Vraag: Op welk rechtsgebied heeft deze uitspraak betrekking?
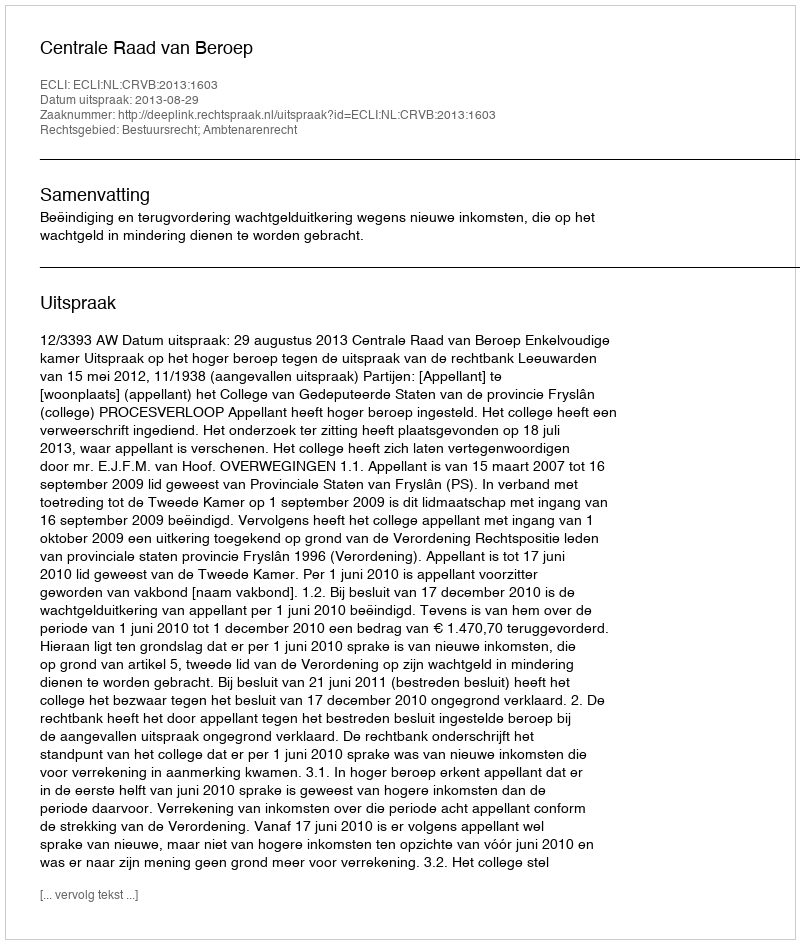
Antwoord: Bestuursrecht; Ambtenarenrecht